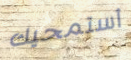
أستمحيك